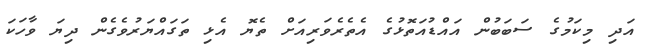
އަދި މިކަމުގެ ސަބަބުން އައްޑުއަތޮޅުގެ އެތެރެވަރިއަށް ތެޔޮ އެޅި ތަގައްޔަރުވެގެން ދިޔަ ވާހަކަ